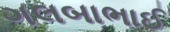
ગલબાભાઈ